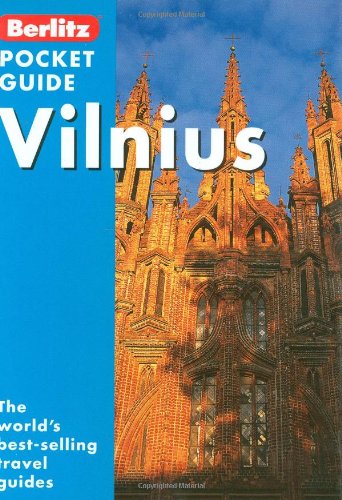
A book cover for Vilnius Berlitz Pocket Guide (Berlitz Pocket Guides); *             ; Travel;